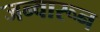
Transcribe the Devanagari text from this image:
जन्वारून